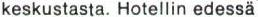
keskustasta. Hotellin edessä